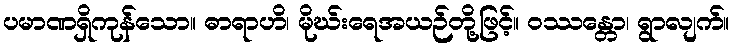
ပမာဏရှိကုန်သော။ ဓာရာဟိ၊ မိုဃ်းရေအယဉ်တို့ဖြင့်။ ဝဿန္တော၊ ရွာလျက်။